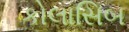
કોલાસિબ